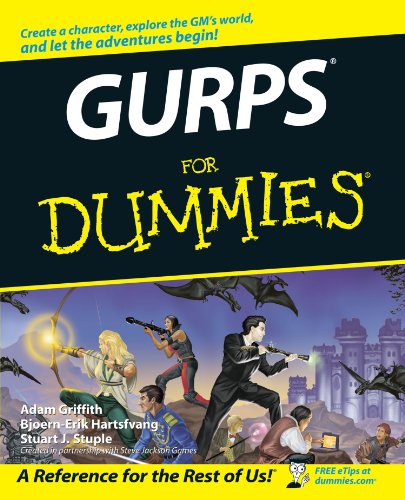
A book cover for GURPS For Dummies; Adam Griffith; Science Fiction & Fantasy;